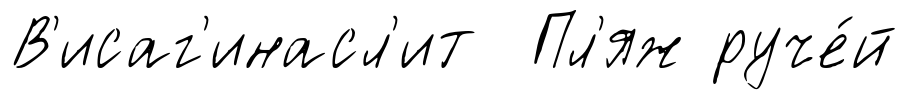
В'исаг'инасл'ит Пл'яж руче́й